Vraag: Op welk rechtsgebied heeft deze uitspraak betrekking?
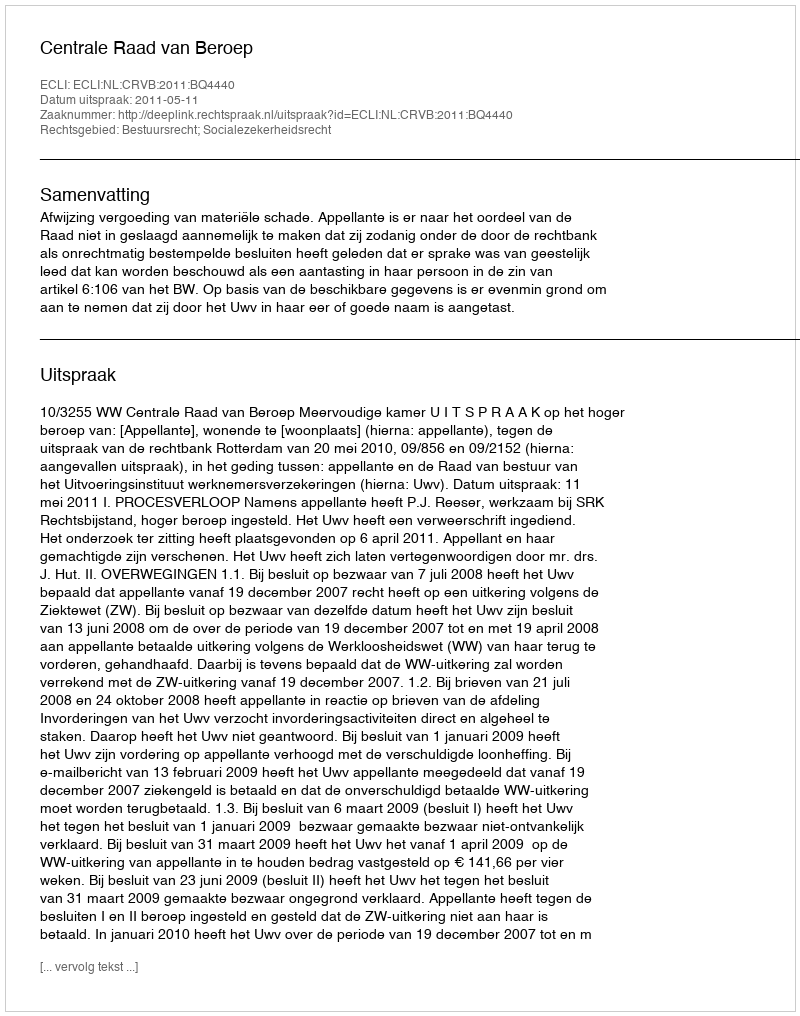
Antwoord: Bestuursrecht; Socialezekerheidsrecht